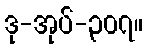
ဒု-အုပ်-၃၀၇။